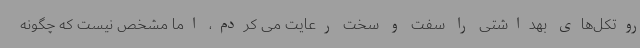
روتکل‌های بهداشتی را سفت و سخت رعایت می کردم، اما مشخص نیست که چگونه